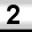
Digit: 2